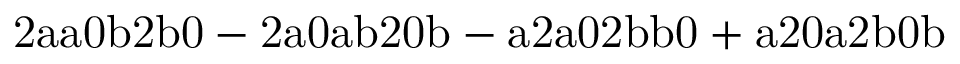
\mathrm { 2 a a 0 b 2 b 0 - 2 a 0 a b 2 0 b - a 2 a 0 2 b b 0 + a 2 0 a 2 b 0 b }